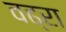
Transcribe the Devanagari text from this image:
वढ्रा